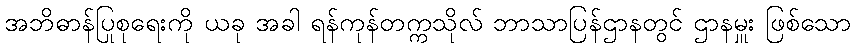
အဘိဓာန်ပြုစုရေးကို ယခု အခါ ရန်ကုန်တက္ကသိုလ် ဘာသာပြန်ဌာနတွင် ဌာနမှူး ဖြစ်သော